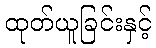
ထုတ်ယူခြင်းနှင့်